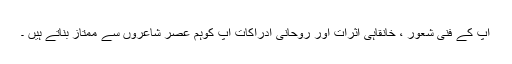
آپ کے فنّی شعور ، خانقاہی اثرات اور روحانی ادراکات آپ کوہم عصر شاعروں سے ممتاز بناتے ہیں ۔